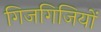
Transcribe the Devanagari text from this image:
गिजगिजियों